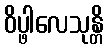
ဝိပ္ဖါလေသုန္တိ